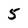
Character: 5